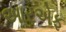
આરએફ